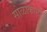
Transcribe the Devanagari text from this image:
सोळाकोनी